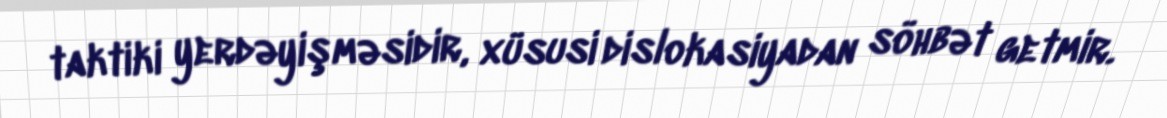
taktiki yerdəyişməsidir, xüsusi dislokasiyadan söhbət getmir.